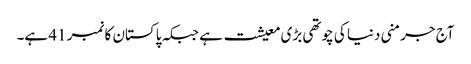
آج جرمنی دنیا کی چوتھی بڑی معیشت ہے جبکہ پاکستان کا نمبر 41 ہے۔